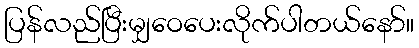
ပြန်လည်ပြီးမျှဝေပေးလိုက်ပါတယ်နော်။